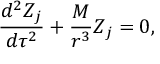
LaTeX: \frac { d ^ { 2 } Z _ { j } } { d \tau ^ { 2 } } + \frac M { r ^ { 3 } } Z _ { j } = 0 ,